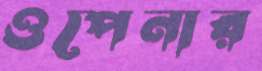
ওপেনার